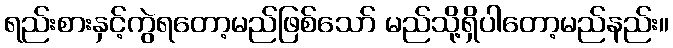
ရည်းစားနှင့်ကွဲရတော့မည်ဖြစ်သော် မည်သို့ရှိပါတော့မည်နည်း။